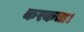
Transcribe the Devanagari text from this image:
करकचा।